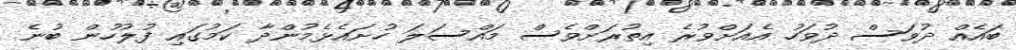
ބައެއް ދުވަސް ދުވަހު އެއަށްވުރެ އިތުރަށްވެސް މައްސަލަ ހުށައެޅެމުންދާ ކަމުގައި ފުލުހުން ބުނެ